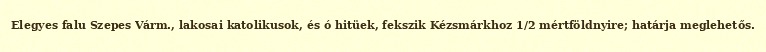
Elegyes falu Szepes Várm., lakosai katolikusok, és ó hitüek, fekszik Kézsmárkhoz 1/2 mértföldnyire; határja meglehetős.